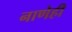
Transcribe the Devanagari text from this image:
नाणेही